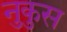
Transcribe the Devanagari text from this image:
नुकुस